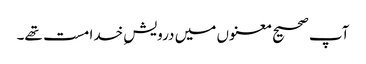
آپ صحیح معنوں میں درویشِ خدا مست تھے۔